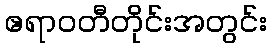
ဧရာဝတီတိုင်းအတွင်း